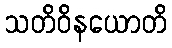
သတိဝိနယောတိ